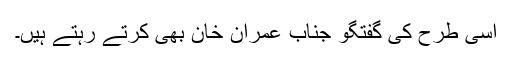
اِسی طرح کی گفتگو جناب عمران خان بھی کرتے رہتے ہیں۔